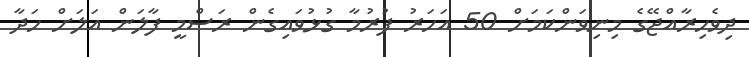
ދިވެހިރާއްޖޭގެ މިނިވަންކަމަށް 50 އަހަރު ފުރުމާ ގުޅުވައިގެން ރަސްމީ ފާލަން އަލަށް ހަދާ